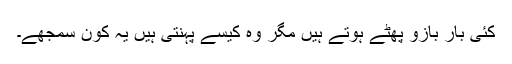
کئی بار بازو پھٹے ہوتے ہیں مگر وہ کیسے پہنتی ہیں یہ کون سمجھے۔